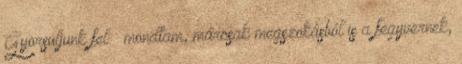
Gyorsuljunk fel – mondtam, márcsak megszokásból is a fegyvernek,